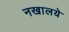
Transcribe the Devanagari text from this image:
नखालये